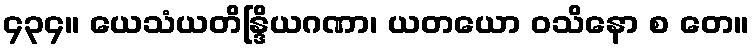
၄၃၄။ ယေသံယတိန္ဒြိယဂဏာ၊ ယတယော ဝသိနော စ တေ။